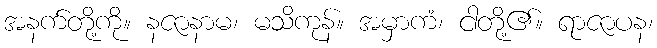
အနက်တို့ကို။ နဇာနာမ၊ မသိကုန်။ အမှာကံ၊ ငါတို့၏။ ရာဇာပန၊